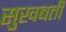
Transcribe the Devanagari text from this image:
सुखबती